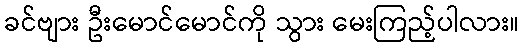
ခင်ဗျား ဦးမောင်မောင်ကို သွား မေးကြည့်ပါလား။